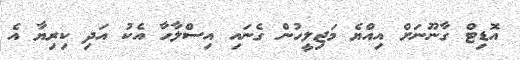
އޮޑިޓް ގާނޫނަށް އިއްޔެ މަޖިލީހުން ގެނައި އިސްލާހާ އެކު އަދި ކިރިޔާ އެ